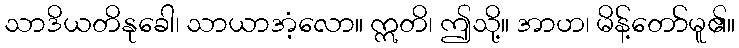
သာဒိယတိနုခေါ၊ သာယာအံ့လော။ ဣတိ၊ ဤသို့။ အာဟ၊ မိန့်တော်မူ၏။